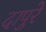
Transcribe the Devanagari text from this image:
दापुरे